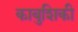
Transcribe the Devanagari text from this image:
काबुशिकी